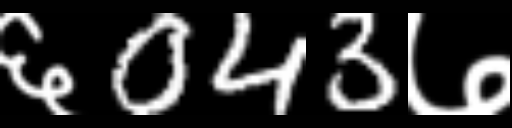
Text: ६043७